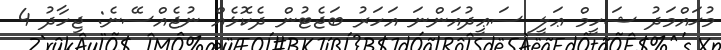
މުޙައްމަދު ޝަހީމް ޢަލީ ސަޢީދުއަންނަ އަހަރު ބަޖެޓުން ދެކޮޅެއް ނުޖެއްސޭނެ: ޖިހާދު 4